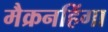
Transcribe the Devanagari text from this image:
मैक्रनहिंगा